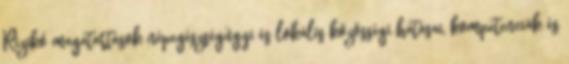
Rizikó magatartások népegészségügyi és lokális közösségi hatásai, kompetenciák és